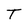
Character: T